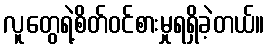
လူတွေရဲ့စိတ်ဝင်စားမှုရရှိခဲ့တယ်။